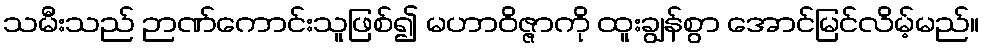
သမီးသည် ဉာဏ်ကောင်းသူဖြစ်၍ မဟာဝိဇ္ဇာကို ထူးချွန်စွာ အောင်မြင်လိမ့်မည်။